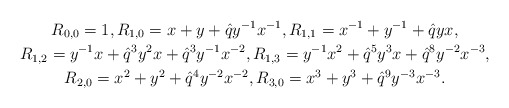
\begin{gather*}R_{0,0} = 1, R_{1,0} = x+ y + \hat{q}y^{-1}x^{-1}, R_{1,1} = x^{-1} + y^{-1} + \hat{q}yx, \\R_{1,2} = y^{-1}x + \hat{q}^3y^2x + \hat{q}^3y^{-1}x^{-2}, R_{1,3} = y^{-1}x^2 + \hat{q}^5y^3x + \hat{q}^8y^{-2}x^{-3}, \\R_{2,0} = x^2+y^2+\hat{q}^4y^{-2}x^{-2}, R_{3,0} = x^3 + y^3 + \hat{q}^9y^{-3}x^{-3}.\end{gather*}